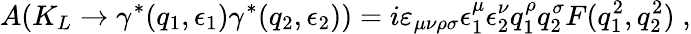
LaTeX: A(K_{L}\to\gamma^{\ast}(q_{1},\epsilon_{1})\gamma^{\ast}(q_{2},\epsilon_{2}))=i\varepsilon_{\mu\nu\rho\sigma}\epsilon_{1}^{\mu}\epsilon_{2}^{\nu}q_{1}^{\rho}q_{2}^{\sigma}F(q_{1}^{2},q_{2}^{2})\; ,